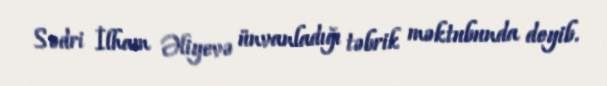
Sədri İlham Əliyevə ünvanladığı təbrik məktubunda deyib.